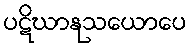
ပဋိဃာနုသယောပေ